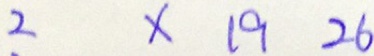
2 x 1 9 2 6